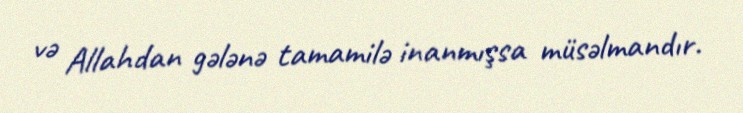
və Allahdan gələnə tamamilə inanmışsa müsəlmandır.